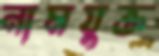
নামযুক্ত